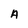
Character: A